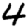
Digit: 4